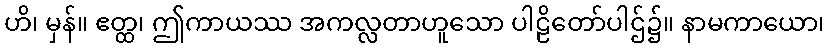
ဟိ၊ မှန်။ ဧတ္ထ၊ ဤကာယဿ အကလ္လတာဟူသော ပါဠိတော်ပါဌ်၌။ နာမကာယော၊